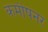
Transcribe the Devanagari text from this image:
कमीषनर